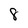
Character: 8